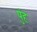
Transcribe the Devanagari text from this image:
पुंह